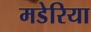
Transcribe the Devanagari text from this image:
मडेरिया